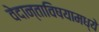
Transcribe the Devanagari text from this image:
वेदान्ताविषयामध्ये